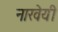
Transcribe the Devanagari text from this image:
नारवेयी